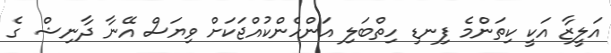
އަލީޒާ އަކީ ކިތަންމެ ފިނޑި ހިތްބަލި އަންހެންކުއްޖަކަށް ވިޔަސް އޭނާ ދާނިޝް ގެ